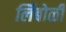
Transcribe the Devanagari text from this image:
लिंबोळी